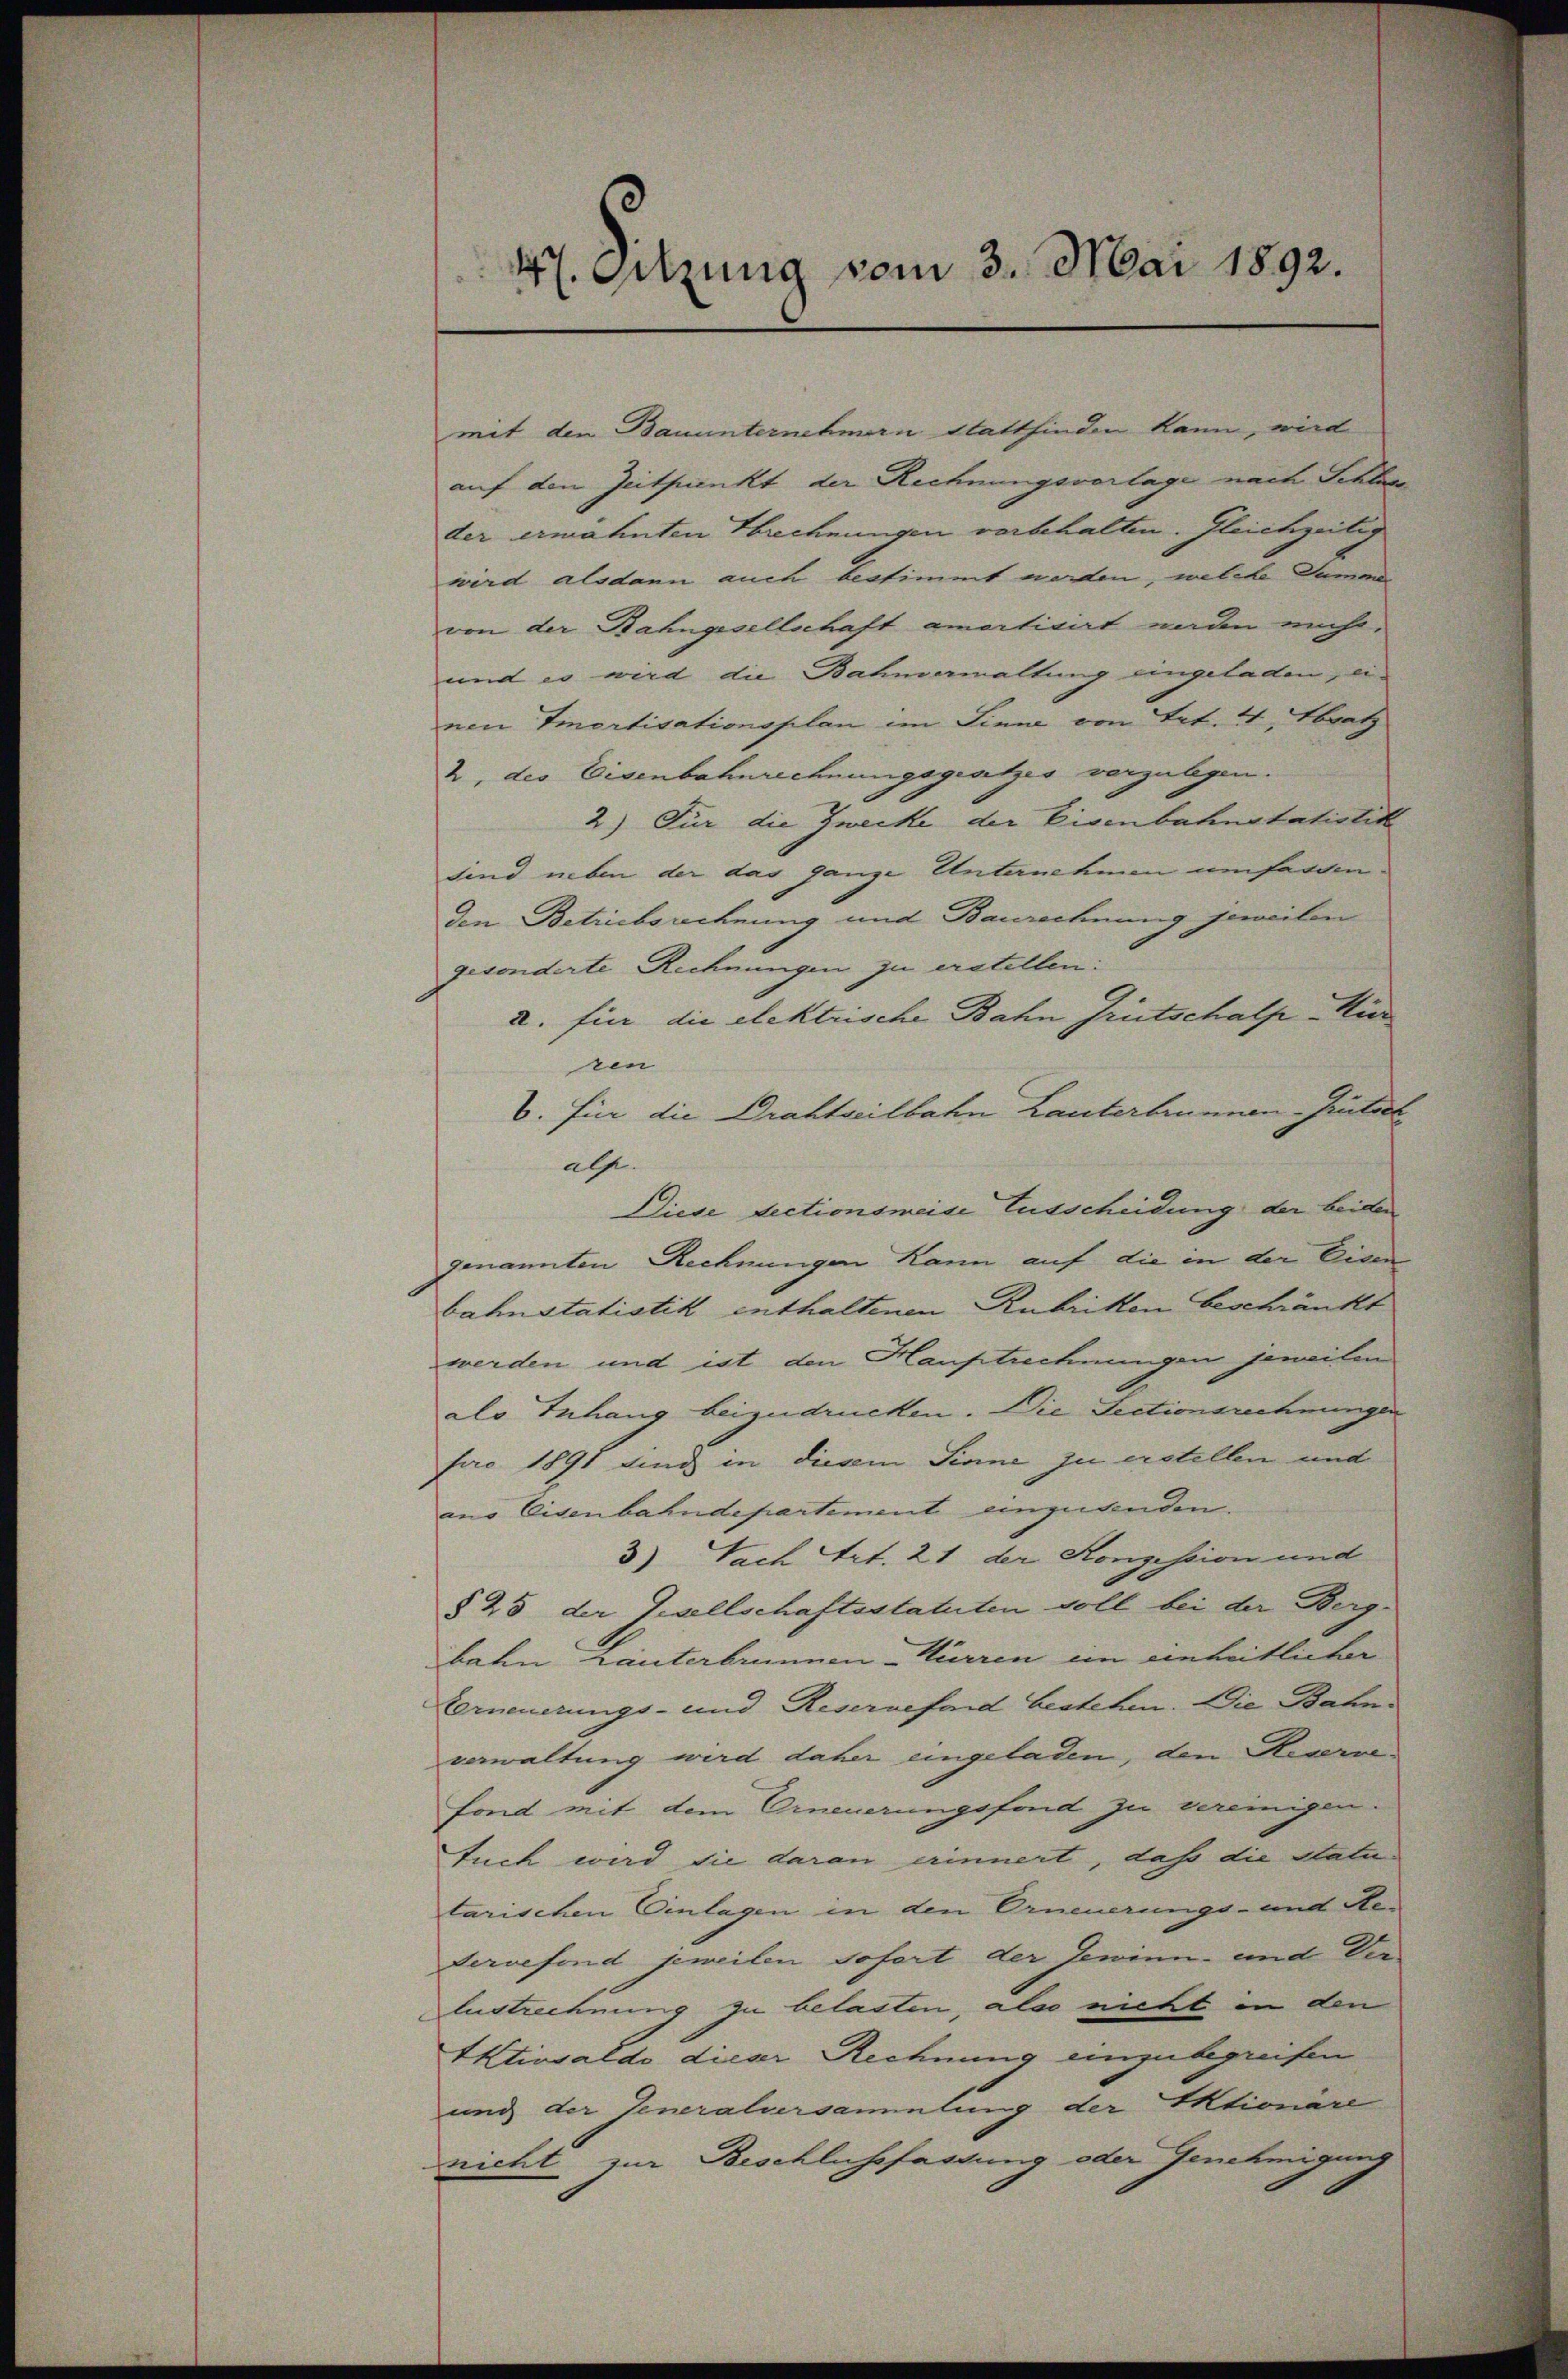
mit den Bauunternehmern stattfinden kaum, wird
auf den Zeitpunkt der Rechnungsvorlage nach Schlage
der erwähnten Berechnungen vorbehalten. Gleichzeitig
wird alsdann auch bestimmt worden, welche Summe
von der Bahngesellschaft amativirt unden nicht,
und es wird die Bahnemaltung eingeladen, einen Imortisationsplan im Sinne von Art. 21, Abratz
2, des Eisenbahnrechnungsgesetzes vorzulegen.
2) Für die Zwecke der Eisenbahnstatistik
sind neben der das ganze Unternehmen umfassen
den Betriebsrechnung und Baurechnung jeweilen
gesonderte Rechnungen zu erstellen:
a. für die elektrische Bahn Grütschalp -Kir
een
b. Für die Drahtseitbahn Lauterbrunnen Grütert
als.
Diese Lectionsmeise Ausscheidung der beiden
genannten Rechnungen kann auf die in der Eisen
bahnstatistik enthaltenen Rubriken beschränkt
werden und ist den Haustrechnungen jeweilen
als Inhang beizudrucken. Die Sectionsrechnungen
pro 1891 sind in diesem Sinne zu erstellen und
aus Eisenbahndepartement einzusenden.
3) Nach Art. 21 der Konzession und
§ 25 der Gesellschaftsstatuten soll bei der Berg-
bahn rauterbrunnen-Kurren ein einheitlicher
Eerneuerungs- und Reservefond bestehen. Die Bahn-
verwaltung wird daher eingeladen, den Kesernefond mit dem Erneuerungsfond zu vereinigentuch wird die daran erinnert, dass die Statu
larischen Einlagen in den Erneuerungs- und Redervefond, jeweilen sofort der Gewinn- und Ver¬
Austrechnung zu belasten, also nicht in den
Aktivsaldo dieser Rechnung einzubegreifen
ung der Generalversammlung der Aktionäre
nicht zur Beschlussfassung oder Genehmigung

47. Sitzung vom 3. Mai 1892.